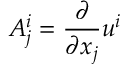
A _ { j } ^ { i } = \frac { \partial } { \partial x _ { j } } u ^ { i }